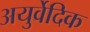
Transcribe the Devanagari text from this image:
अयुर्वेदिक